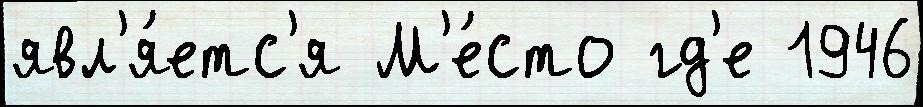
явл'я́етс'я М'е́сто гд'е 1946